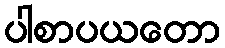
ပါစာပယတော